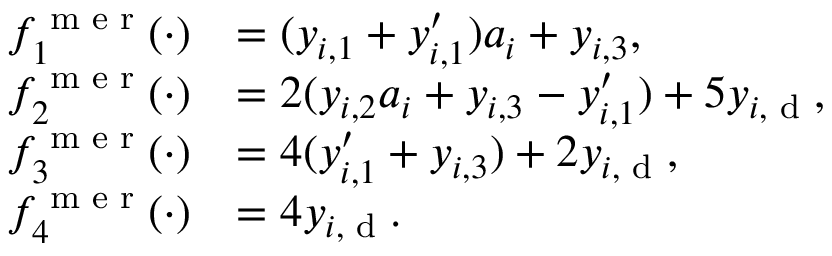
\begin{array} { r l } { f _ { 1 } ^ { \textup { m e r } } ( \cdot ) } & { = ( y _ { i , 1 } + y _ { i , 1 } ^ { \prime } ) a _ { i } + y _ { i , 3 } , } \\ { f _ { 2 } ^ { \textup { m e r } } ( \cdot ) } & { = 2 ( y _ { i , 2 } a _ { i } + y _ { i , 3 } - y _ { i , 1 } ^ { \prime } ) + 5 y _ { i , \textup { d } } , } \\ { f _ { 3 } ^ { \textup { m e r } } ( \cdot ) } & { = 4 ( y _ { i , 1 } ^ { \prime } + y _ { i , 3 } ) + 2 y _ { i , \textup { d } } , } \\ { f _ { 4 } ^ { \textup { m e r } } ( \cdot ) } & { = 4 y _ { i , \textup { d } } . } \end{array}